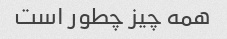
همه چیز چطور است